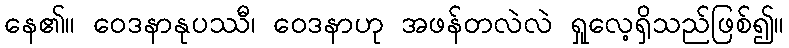
နေ၏။ ဝေဒနာနုပဿီ၊ ဝေဒနာဟု အဖန်တလဲလဲ ရှုလေ့ရှိသည်ဖြစ်၍။